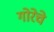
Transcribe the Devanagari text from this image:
गोरेचे